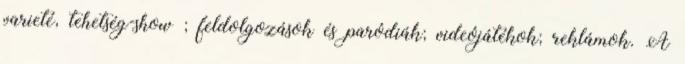
varieté, tehetség-show ; feldolgozások és paródiák; videójátékok; reklámok. A